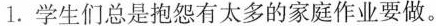
1. 学生们总是抱怨有太多的家庭作业要做。